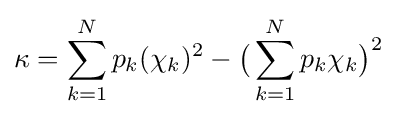
\kappa =\sum _{k=1}^{N}p_{k}(\chi _{k})^{2}-{\bigl (}\sum _{k=1}^{N}p_{k}\chi _{k}{\bigr )}^{2}